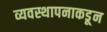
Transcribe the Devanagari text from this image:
व्यवस्थापनाकडून